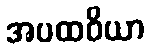
အပထဝိယာ